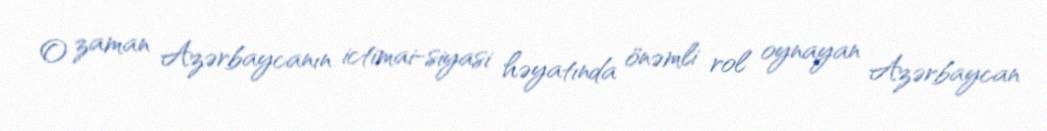
O zaman Azərbaycanın ictimai-siyasi həyatında önəmli rol oynayan Azərbaycan